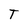
Character: T